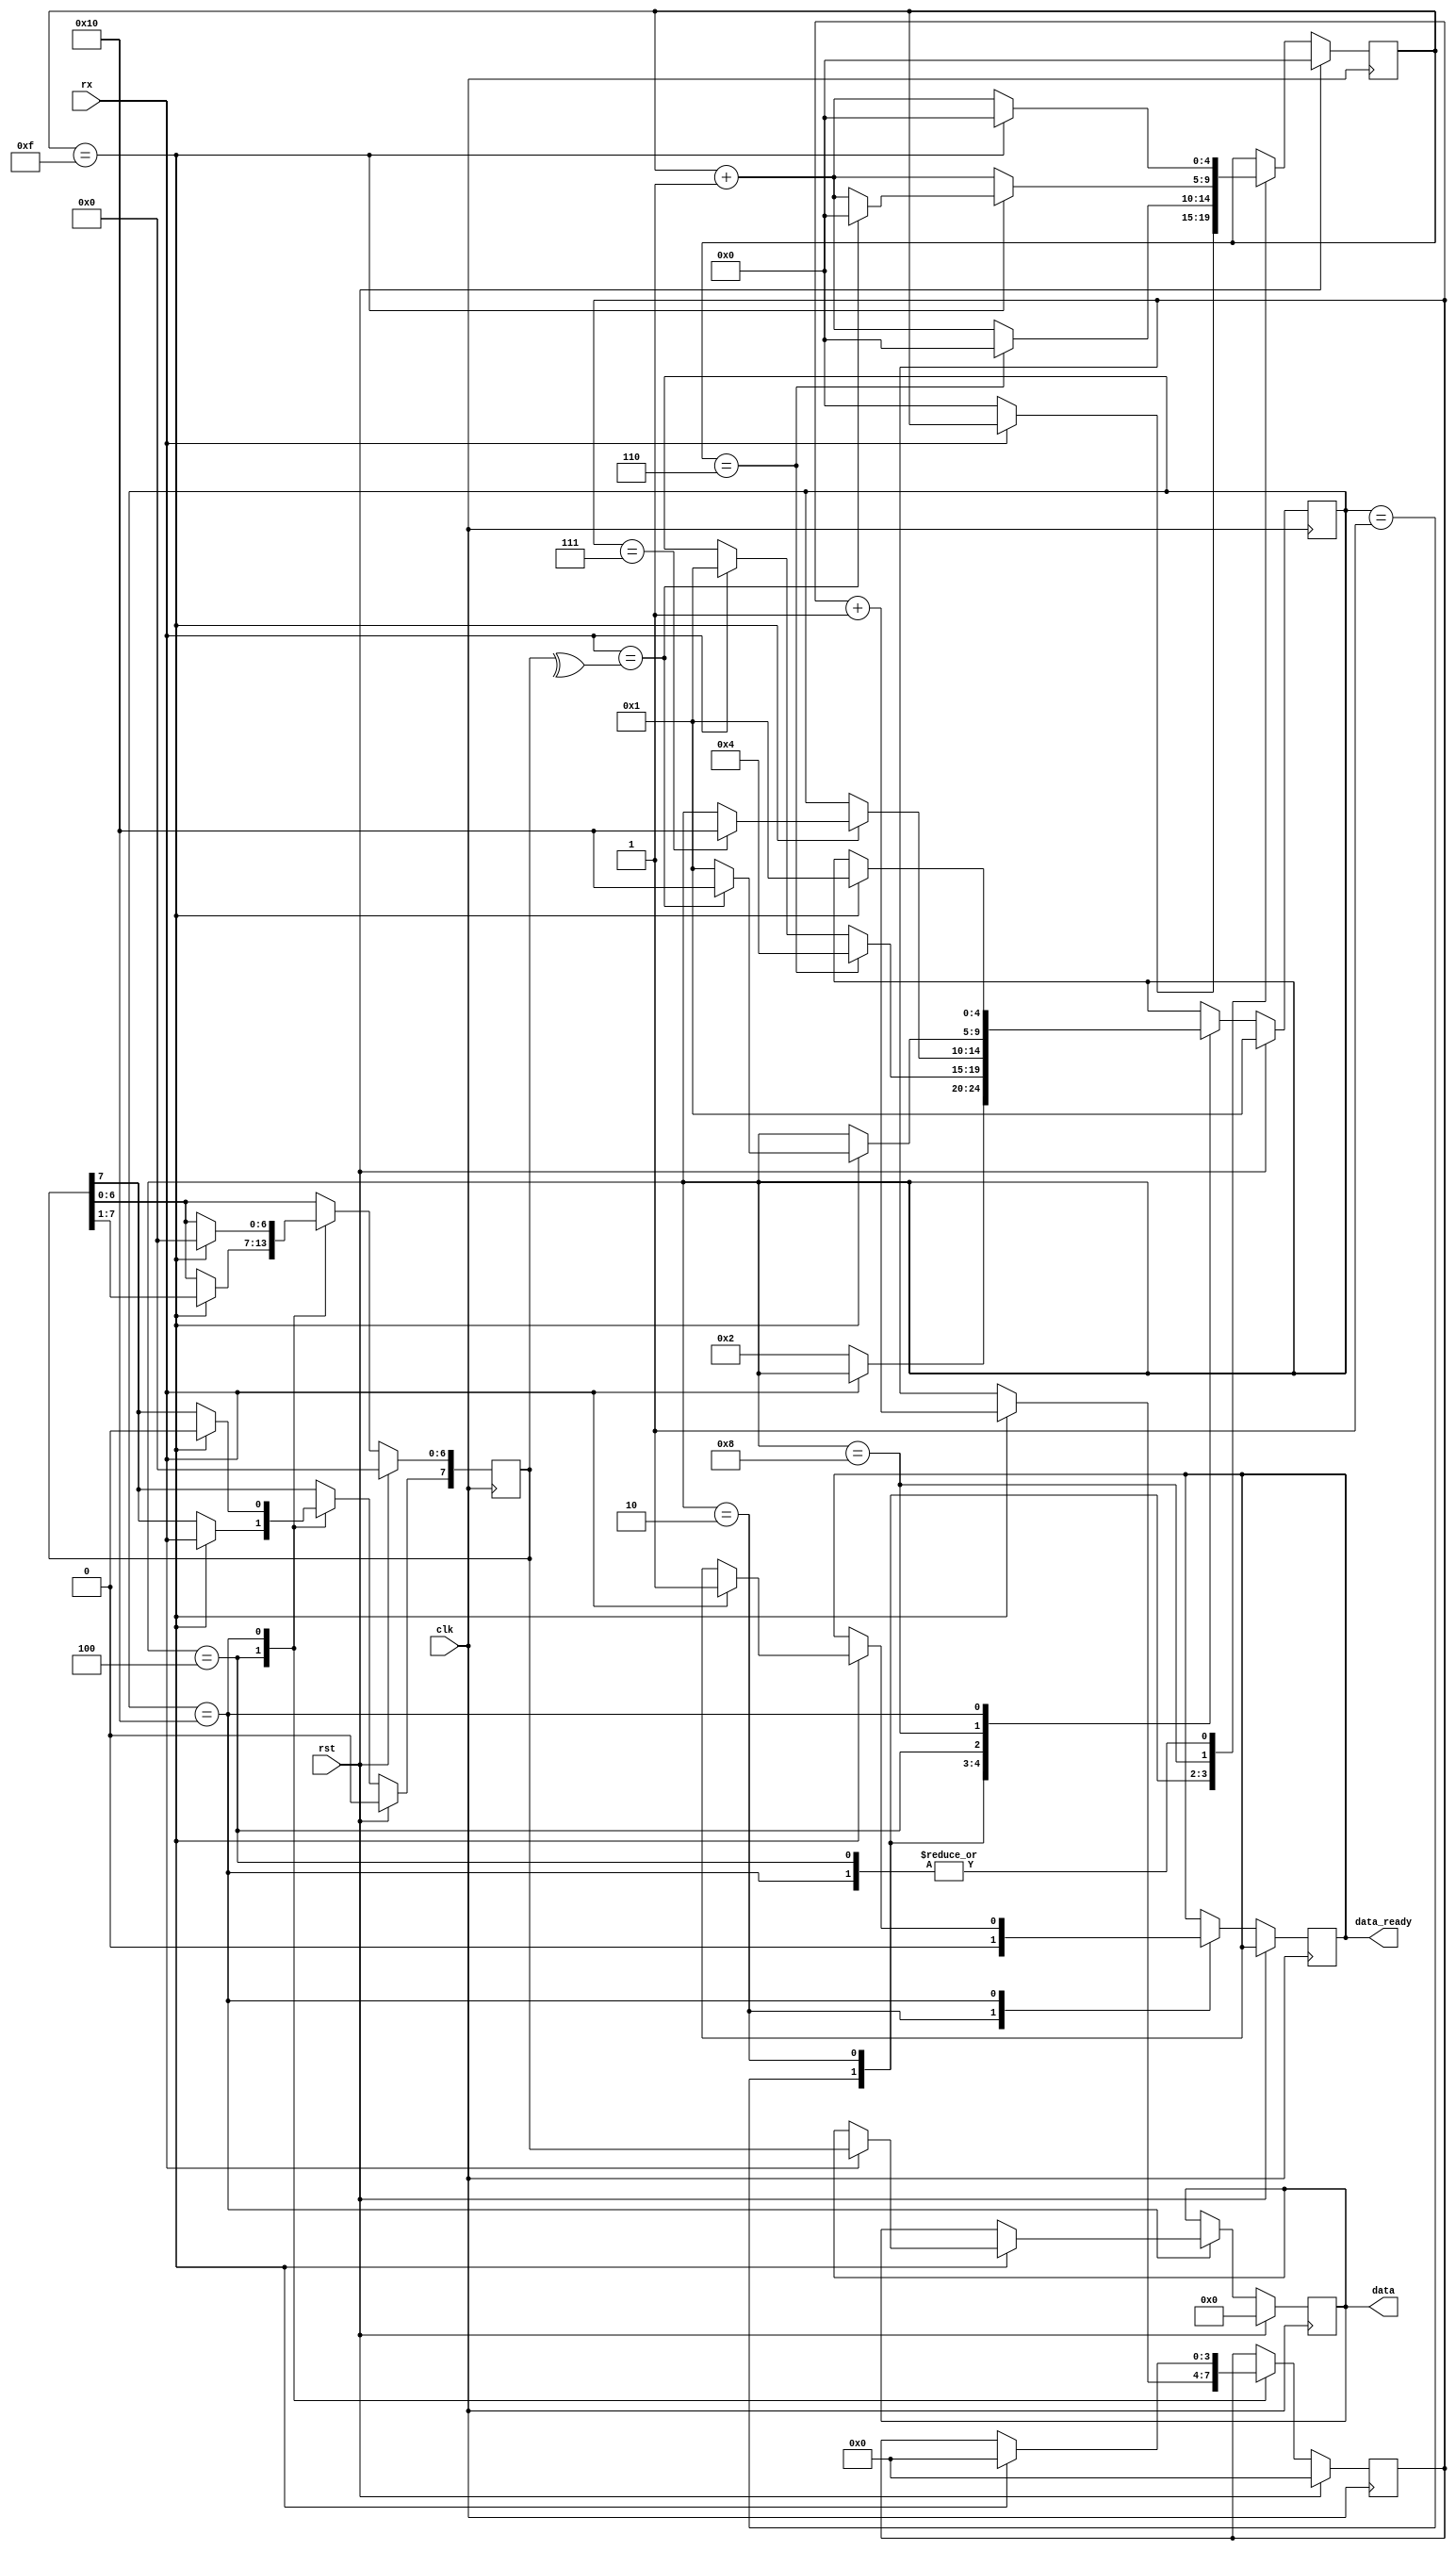
/*
   Copyright 2020 Ali Raheem <ali.raheem@gmail.com>

    Licensed under the Apache License, Version 2.0 (the "License");
   you may not use this file except in compliance with the License.
   You may obtain a copy of the License at
       http://www.apache.org/licenses/LICENSE-2.0
   Unless required by applicable law or agreed to in writing, software
   distributed under the License is distributed on an "AS IS" BASIS,
   WITHOUT WARRANTIES OR CONDITIONS OF ANY KIND, either express or implied.
   See the License for the specific language governing permissions and limitations under the License.
*/

module UART_RX (clk, rst, rx, data, data_ready);
   parameter BITS = 8;
   parameter STOPBITS = 1;
   parameter PARITY = 0;
   
   localparam BITLEN = 16;
   localparam NUM_STATES = 5; 
   localparam STATE_WAIT = 1;
   localparam STATE_START = 2;
   localparam STATE_READING = 4;
   localparam STATE_PARITY = 8;
   localparam STATE_STOP = 16;
			  
   input clk;
   input rx;
   input rst;
   
   output [BITS - 1:0] data;
   output reg 	       data_ready;
   
   reg [$clog2(BITS + 1) - 1:0] bitsread;
   reg [BITS - 1:0] 		outputbuffer;    
   reg [BITS - 1:0] 		readbuffer;
   reg [$clog2(BITLEN * STOPBITS + 1) - 1:0] counter;
   
   reg [NUM_STATES - 1:0] STATE;
   
   always @ (posedge clk) begin
      if (rst) begin
	 STATE <= STATE_WAIT;
	 counter <= 0;
	 outputbuffer <= 0;
	 bitsread <= 0;
	 readbuffer <= 0;
      end
      else begin
	 case (STATE)
	   STATE_WAIT: begin
	      if (!rx) begin
		 STATE <= STATE_START;
		 counter <= 0;
	      end
	   end
	   
	   STATE_START: begin
	      data_ready <= 0;
	      counter <= counter + 1;
	      if (counter == BITLEN/2 - 2) begin
		 STATE <= STATE_READING;
		 counter <= 0;
	      end
	      else if (rx) // Spurious pulse
		STATE <= STATE_WAIT;
	   end
	   
	   STATE_READING: begin
	      counter <= counter + 1;
	      if (counter == BITLEN - 1) begin
		 readbuffer[BITS - 2:0]  <= readbuffer[BITS - 1:1];
		 readbuffer[BITS - 1] <= rx;
		 counter <= 0;
		 bitsread <= bitsread + 1;
		 if (bitsread == BITS - 1) begin
		    STATE <= (PARITY == 0)? STATE_STOP : STATE_PARITY;
		    counter <= 0;
		 end
	      end
	   end // case: STATE_READING
	   STATE_PARITY: begin
	      counter <= counter + 1;
	      if (counter == BITLEN - 1) begin
		 if (rx == ((PARITY == 1)? ~^readbuffer : ^readbuffer)) begin
		    STATE <= STATE_STOP;
		    counter <= 0;
		 end
		 else // Parity Fail
		   STATE <= STATE_WAIT;
	      end
	   end
	   STATE_STOP: begin
	      counter <= counter + 1;
	      if (counter == (BITLEN - 1) * STOPBITS) begin
		 STATE <= STATE_WAIT;
		 counter <= 0;
		 bitsread <= 0;
		 readbuffer <= 0;
		 if (rx) begin // STOPBIT pass
		    outputbuffer <= readbuffer;
		    data_ready <= 1;
		 end
	      end
	   end
	 endcase // case (STATE)
      end // else: !if(rst)
   end // always @ (posedge clk)
   
   assign data = outputbuffer;
endmodule // UART_RX